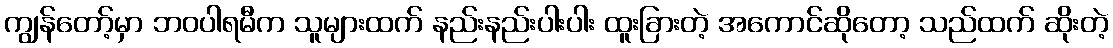
ကျွန်တော့်မှာ ဘဝပါရမီက သူများထက် နည်းနည်းပါးပါး ထူးခြားတဲ့ အကောင်ဆိုတော့ သည်ထက် ဆိုးတဲ့